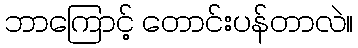
ဘာကြောင့် တောင်းပန်တာလဲ။